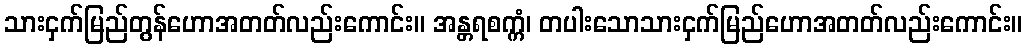
သားငှက်မြည်တွန်ဟောအတတ်လည်းကောင်း။ အန္တရစက္ကံ၊ တပါးသောသားငှက်မြည်ဟောအတတ်လည်းကောင်း။